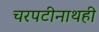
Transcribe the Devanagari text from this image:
चरपटीनाथही